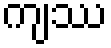
ကျဿ